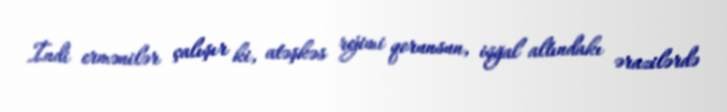
İndi ermənilər çalışır ki, atəşkəs rejimi qorunsun, işğal altındakı ərazilərdə